Civil Veterinary Dept. Bombay admin report 1923-31 - 1923-1931
Year: 1923
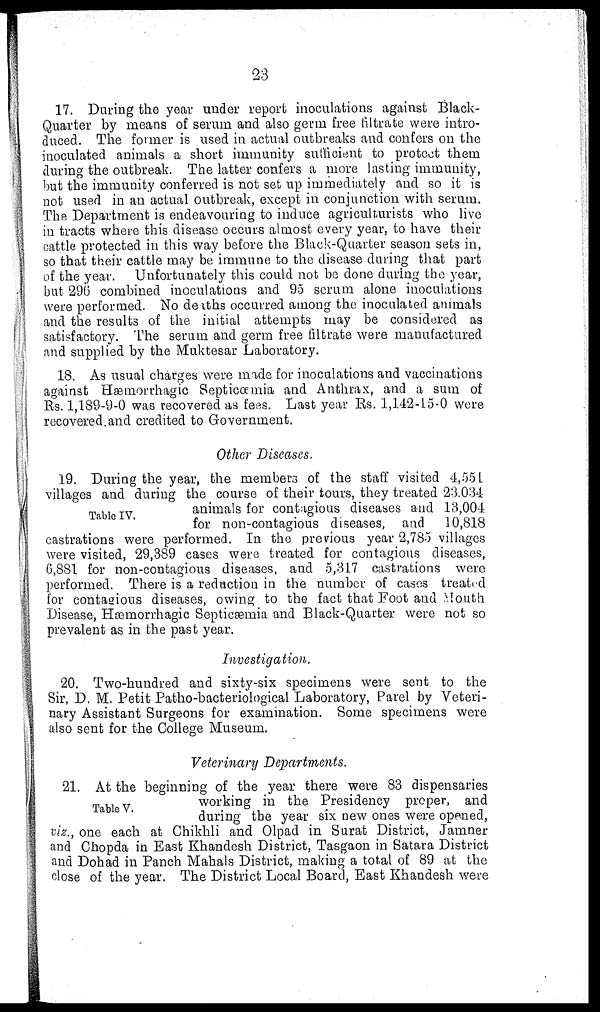
23
17. During the year under report inoculations against Black-
Quarter by means of serum and also germ free filtrate were intro-
duced. The former is used in actual outbreaks and confers on the
inoculated animals a short immunity sufficient to protect them
during the outbreak. The latter confers a more lasting immunity,
but the immunity conferred is not set up immediately and so it is
not used in an actual outbreak, except in conjunction with serum.
The Department is endeavouring to induce agriculturists who live
in tracts where this disease occurs almost every year, to have their
cattle protected in this way before the Black-Quarter season sets in,
so that their cattle may be immune to the disease during that part
of the year. Unfortunately this could not be done during the year,
but 296 combined inoculations and 95 serum alone inoculations
were performed. No deaths occurred among the inoculated animals
and the results of the initial attempts may be considered as
satisfactory. The serum and germ free filtrate were manufactured
and supplied by the Muktesar Laboratory.
18. As usual charges were made for inoculations and vaccinations
against Hæmorrhagic Septicæmia and Anthrax, and a sum of
Rs. 1,189-9-0 was recovered as fees. Last year Rs. 1,142-15-0 were
recovered and credited to Government.
Other Diseases.
Table IV.
19. During the year, the members of the staff visited 4,55 L
villages and during the course of their tours, they treated 23.034
animals for contagious diseases and 13,004
for non-contagious diseases, and 10,818
castrations were performed. In the previous year 2,785 villages
were visited, 29,389 cases were treated for contagious diseases,
6,881 for non-contagious diseases, and 5,317 castrations were
performed. There is a reduction in the number of cases treated
for contagious diseases, owing to the fact that Foot and Mouth
Disease, Hæemorrhagic Septicæmia and Black-Quarter were not so
prevalent as in the past year.
Investigation.
20. Two-hundred and sixty-six specimens were sent to the
Sir, D. M. Petit Patho-bacteriological Laboratory, Parel by Veteri-
nary Assistant Surgeons for examination. Some specimens were
also sent for the College Museum.
Veterinary Departments.
Table V.
21. At the beginning of the year there were 83 dispensaries
working in the Presidency proper, and
during the year six new ones were opened,
viz., one each at Chikhli and Olpad in Surat District, Jamner
and Chopda in East Khandesh District, Tasgaon in Satara District
and Dohad in Panch Mahals District, making a total of 89 at the
close of the year. The District Local Board, East Khandesh were